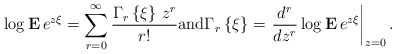
\begin{align*}\log {\bf E\,}e^{z\xi }=\sum_{r=0}^{\infty }\frac{\Gamma _{r}\left\{ \xi\right\} \,z^{r}}{r!}\mbox{and}\Gamma _{r}\left\{ \xi \right\}=\left. \frac{d^{r}}{dz^{r}}\log {\bf E\,}e^{z\xi }\right| _{z=0}.\end{align*}